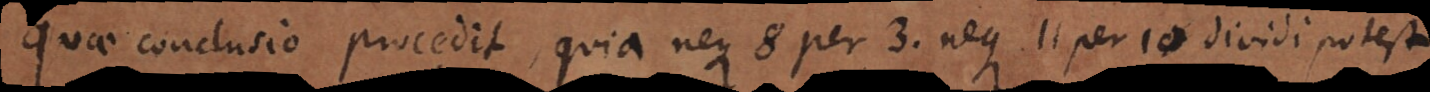
Quae conclusio procedit, quia neque 8 per 3 neque 11 per 10 dividi potest